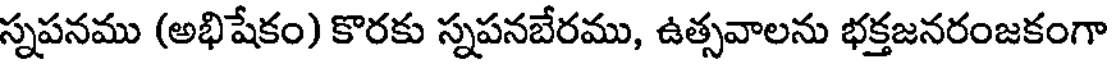
స్నపనము (అభిషేకం) కొరకు స్నపనబేరము, ఉత్సవాలను భక్తజనరంజకంగా